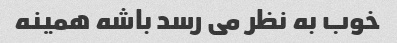
خوب به نظر می رسد باشه همینه